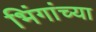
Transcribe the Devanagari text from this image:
भिंगांच्या